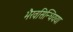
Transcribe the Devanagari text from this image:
भैरवसिन्धियया